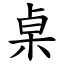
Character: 桌